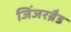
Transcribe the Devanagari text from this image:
जिंजरब्रैड